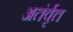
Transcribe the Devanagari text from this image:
अतंर्वृत्त